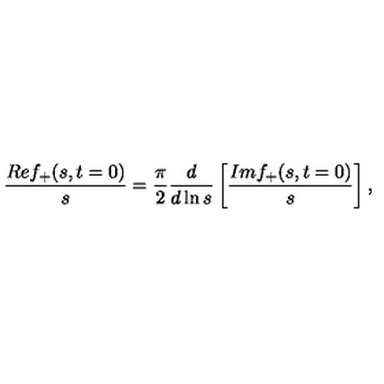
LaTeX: { \frac { R e f _ { + } ( s , t = 0 ) } { s } } = \frac { \pi } { 2 } \frac { d } { d \ln s } \left[ { \frac { I m f _ { + } ( s , t = 0 ) } { s } } \right] ,